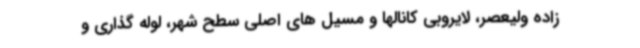
زاده ولیعصر، لایروبی کانالها و مسیل های اصلی سطح شهر، لوله گذاری و